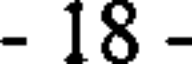
- 18 -